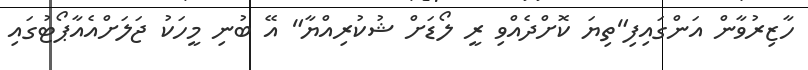
ހާޒިރުވާން އަންގައިފި"ތިޔަ ކޮށްދެއްވި ރީ ލޯޑަށް ޝުކުރިއްޔާ" އޭ ބުނި މީހަކު ޖަލަށްއެއާޕޯޓުގައި